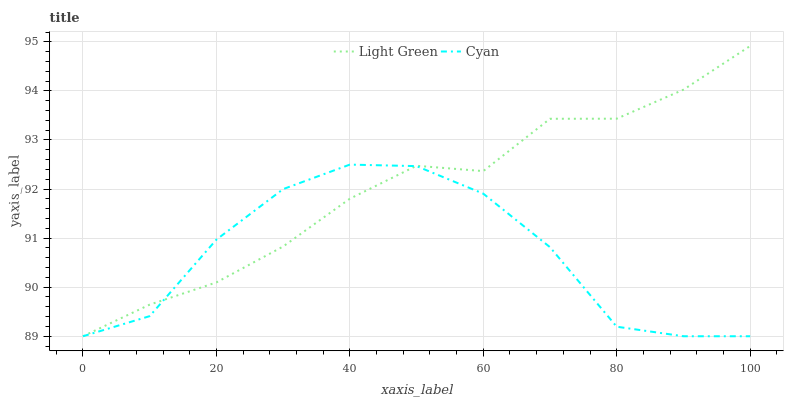
| xaxis_label | Light Green | Cyan |
 | --- | --- | --- |
 | 0 | 89 | 89 |
 | 10 | 89.6 | 89.4 |
 | 20 | 90.1 | 91 |
 | 30 | 90.8 | 92 |
 | 40 | 91.8 | 92.5 |
 | 50 | 92.5 | 92.5 |
 | 60 | 92.4 | 91.9 |
 | 70 | 93.4 | 90.8 |
 | 80 | 93.4 | 89.2 |
 | 90 | 94 | 89 |
 | 100 | 94.9 | 89 |